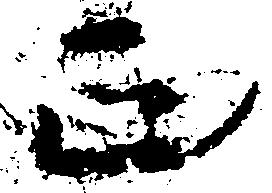
正